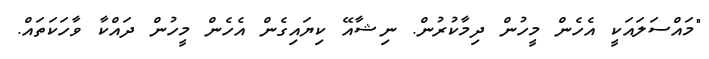
"މައްސަލައަކީ އެހެން މީހުން ދިމާކުރުން. ނިޝާއޭ ކިޔައިގެން އެހެން މީހުން ދައްކާ ވާހަކަތައް.